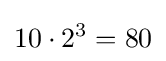
10\cdot 2^{3}=80